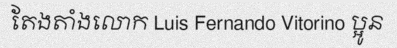
តែងតាំងលោក Luis Fernando Vitorino ប្អូន